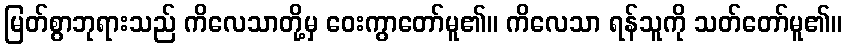
မြတ်စွာဘုရားသည် ကိလေသာတို့မှ ဝေးကွာတော်မူ၏။ ကိလေသာ ရန်သူကို သတ်တော်မူ၏။